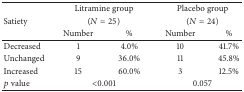
<table><thead><tr><td><b> </b></td><td colspan="2"><b>Litramine group</b></td><td colspan="2"><b>Placebo group</b></td></tr><tr><td><b>Satiety</b></td><td colspan="2"><b>(<i>N</i> = 25)</b></td><td colspan="2"><b>(<i>N</i> = 24)</b></td></tr><tr><td><b> </b></td><td><b>Number</b></td><td><b>%</b></td><td><b>Number</b></td><td><b>%</b></td></tr></thead><tbody><tr><td>Decreased</td><td>1</td><td>4.0%</td><td>10</td><td>41.7%</td></tr><tr><td>Unchanged</td><td>9</td><td>36.0%</td><td>11</td><td>45.8%</td></tr><tr><td>Increased</td><td>15</td><td>60.0%</td><td>3</td><td>12.5%</td></tr><tr><td><i>p</i> value</td><td colspan="2">&lt;0.001</td><td colspan="2">0.057</td></tr></tbody></table>